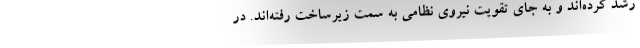
رشد کرده‌اند و به جای تقویت نیروی نظامی به سمت زیرساخت رفته‌اند. در